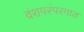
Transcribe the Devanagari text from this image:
वंशपरंपरगात